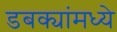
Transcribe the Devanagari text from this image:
डबक्यांमध्ये